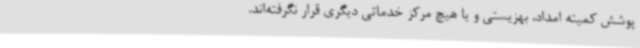
پوشش کمیته امداد، بهزیستی و یا هیچ مرکز خدماتی دیگری قرار نگرفته‌اند.